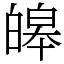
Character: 皞